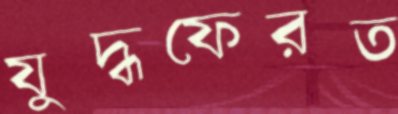
যুদ্ধফেরত